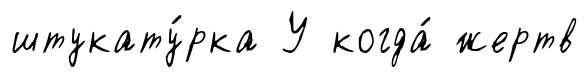
штукату́рка У когда́ жертв